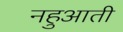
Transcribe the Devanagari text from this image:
नहुआती